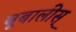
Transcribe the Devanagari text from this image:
बूबालीस्